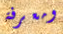
ومعرفة